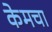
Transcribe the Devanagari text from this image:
केमचा